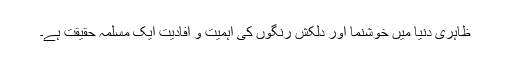
ظاہری دنیا میں خوشنما اور دلکش رنگوں کی اہمیت و افادیت ایک مسلمہ حقیقت ہے۔